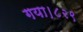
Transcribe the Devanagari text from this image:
गया।८२९